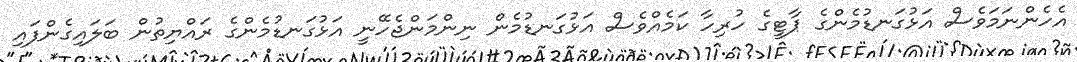
އެހެންނަމަވެސް އަޅުގަނޑުމެންގެ ޕާޓީގެ ހުރިހާ ކަމެއްވެސް އަޅުގަނޑުމެން ނިންމަންޖެހޭނީ އަޅުގަނޑުމެންގެ ރައްޔިތުން ބަލައިގެންފައި